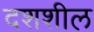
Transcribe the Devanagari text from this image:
दशशील